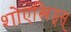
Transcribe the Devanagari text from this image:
शोएस्त्रिङ्स्